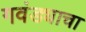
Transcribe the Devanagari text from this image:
गवंड्याचा